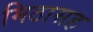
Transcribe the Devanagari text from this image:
मिठासह